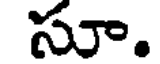
సూ.